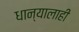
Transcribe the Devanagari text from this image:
धान्यालाही